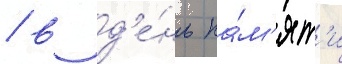
/ в д'е́нь па́м'ят'и